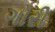
ગોરી